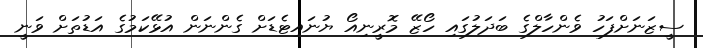
ސީޒަނަށްފަހު ވެންހާލްގެ ބަދަލުގައި ހޯޒޭ މޮރީނިއޯ ޔުނައިޓެޑަށް ގެންނަން އުޅޭކަމުގެ އަޑުތަށް ވަނީ